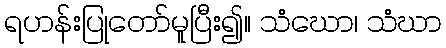
ရဟန်းပြုတော်မူပြီး၍။ သံဃော၊ သံဃာ